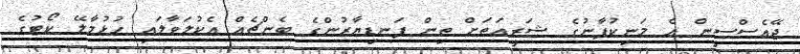
ޖޭއެސްސީން އެ މަނިކުފާނުގެ ޝަރީއަތަށް ތިން ފަނޑިޔާރުންގެ ބެންޗެއް އެކުލަވާލައި ހުޅުމާލޭ ކޯޓުގެ